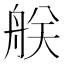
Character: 𦨶